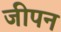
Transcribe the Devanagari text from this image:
जीपन